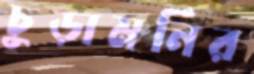
চুড়ামনির